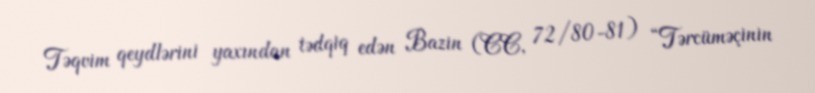
Təqvim qeydlərini yaxından tədqiq edən Bazin (CC, 72/80-81) “Tərcüməçinin